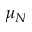
\mu _ { N }